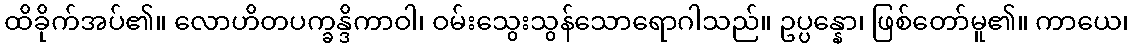
ထိခိုက်အပ်၏။ လောဟိတပက္ခန္ဒိကာဝါ၊ ဝမ်းသွေးသွန်သောရောဂါသည်။ ဥပ္ပန္နော၊ ဖြစ်တော်မူ၏။ ကာယေ၊